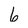
Character: 6